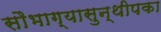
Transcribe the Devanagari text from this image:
सौभाग्यासुन्थीपका